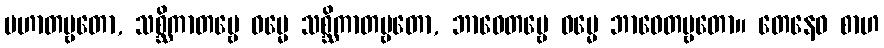
ပဟာတဗ္ဗတော, သစ္ဆိကာတဗ္ဗေ ဓမ္မေ သစ္ဆိကာတဗ္ဗတော, ဘာဝေတဗ္ဗေ ဓမ္မေ ဘာဝေတဗ္ဗတော။ တေနေဝ စာဟ